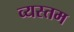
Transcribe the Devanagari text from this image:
व्यस्तम